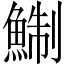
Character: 鯯